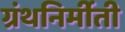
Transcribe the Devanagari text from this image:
ग्रंथनिर्मीती